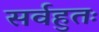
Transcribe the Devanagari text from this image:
सर्वहुतः